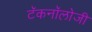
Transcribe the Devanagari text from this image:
टॅकनॉलोजी